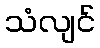
သံလျင်